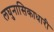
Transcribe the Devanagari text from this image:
लघुनासिकाधारी